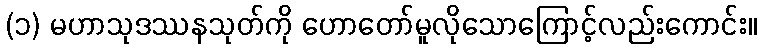
(၁) မဟာသုဒဿနသုတ်ကို ဟောတော်မူလိုသောကြောင့်လည်းကောင်း။